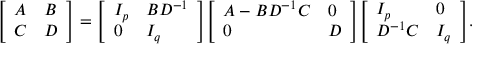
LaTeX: { \left[ \begin{array} { l l } { A } & { B } \\ { C } & { D } \end{array} \right] } = { \left[ \begin{array} { l l } { I _ { p } } & { B D ^ { - 1 } } \\ { 0 } & { I _ { q } } \end{array} \right] } { \left[ \begin{array} { l l } { A - B D ^ { - 1 } C } & { 0 } \\ { 0 } & { D } \end{array} \right] } { \left[ \begin{array} { l l } { I _ { p } } & { 0 } \\ { D ^ { - 1 } C } & { I _ { q } } \end{array} \right] } .